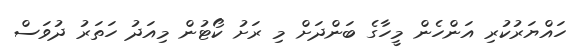
ހައްޔަރުކުރި އަންހެން މީހާގެ ބަންދަށް މި ރަށު ކޯޓުން މިއަދު ހަތަރު ދުވަސް